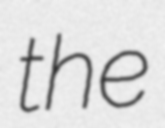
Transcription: the